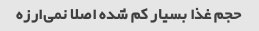
حجم غذا بسیار کم شده اصلا نمی‌ارزه